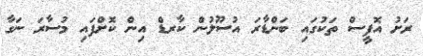
ރަށު އޮފީސް ތަކުގައި ބަންޑާރަ އުސޫލުން ކާރޑް އިން ކޮށްފައި މުސާރަ ނަގާ